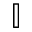
\mathbb { I }